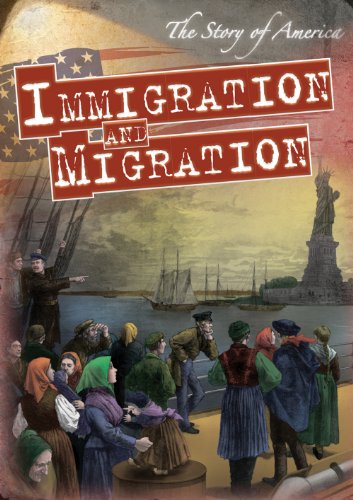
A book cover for Immigration and Migration (The Story of America); Greg Roza; Children's Books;